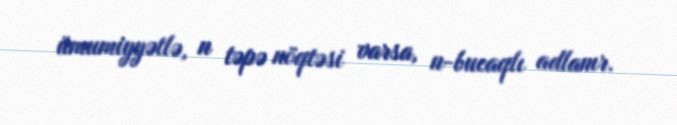
ümumiyyətlə, n təpə nöqtəsi varsa, n-bucaqlı adlanır.